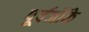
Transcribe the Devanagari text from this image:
पूर्वजौंके